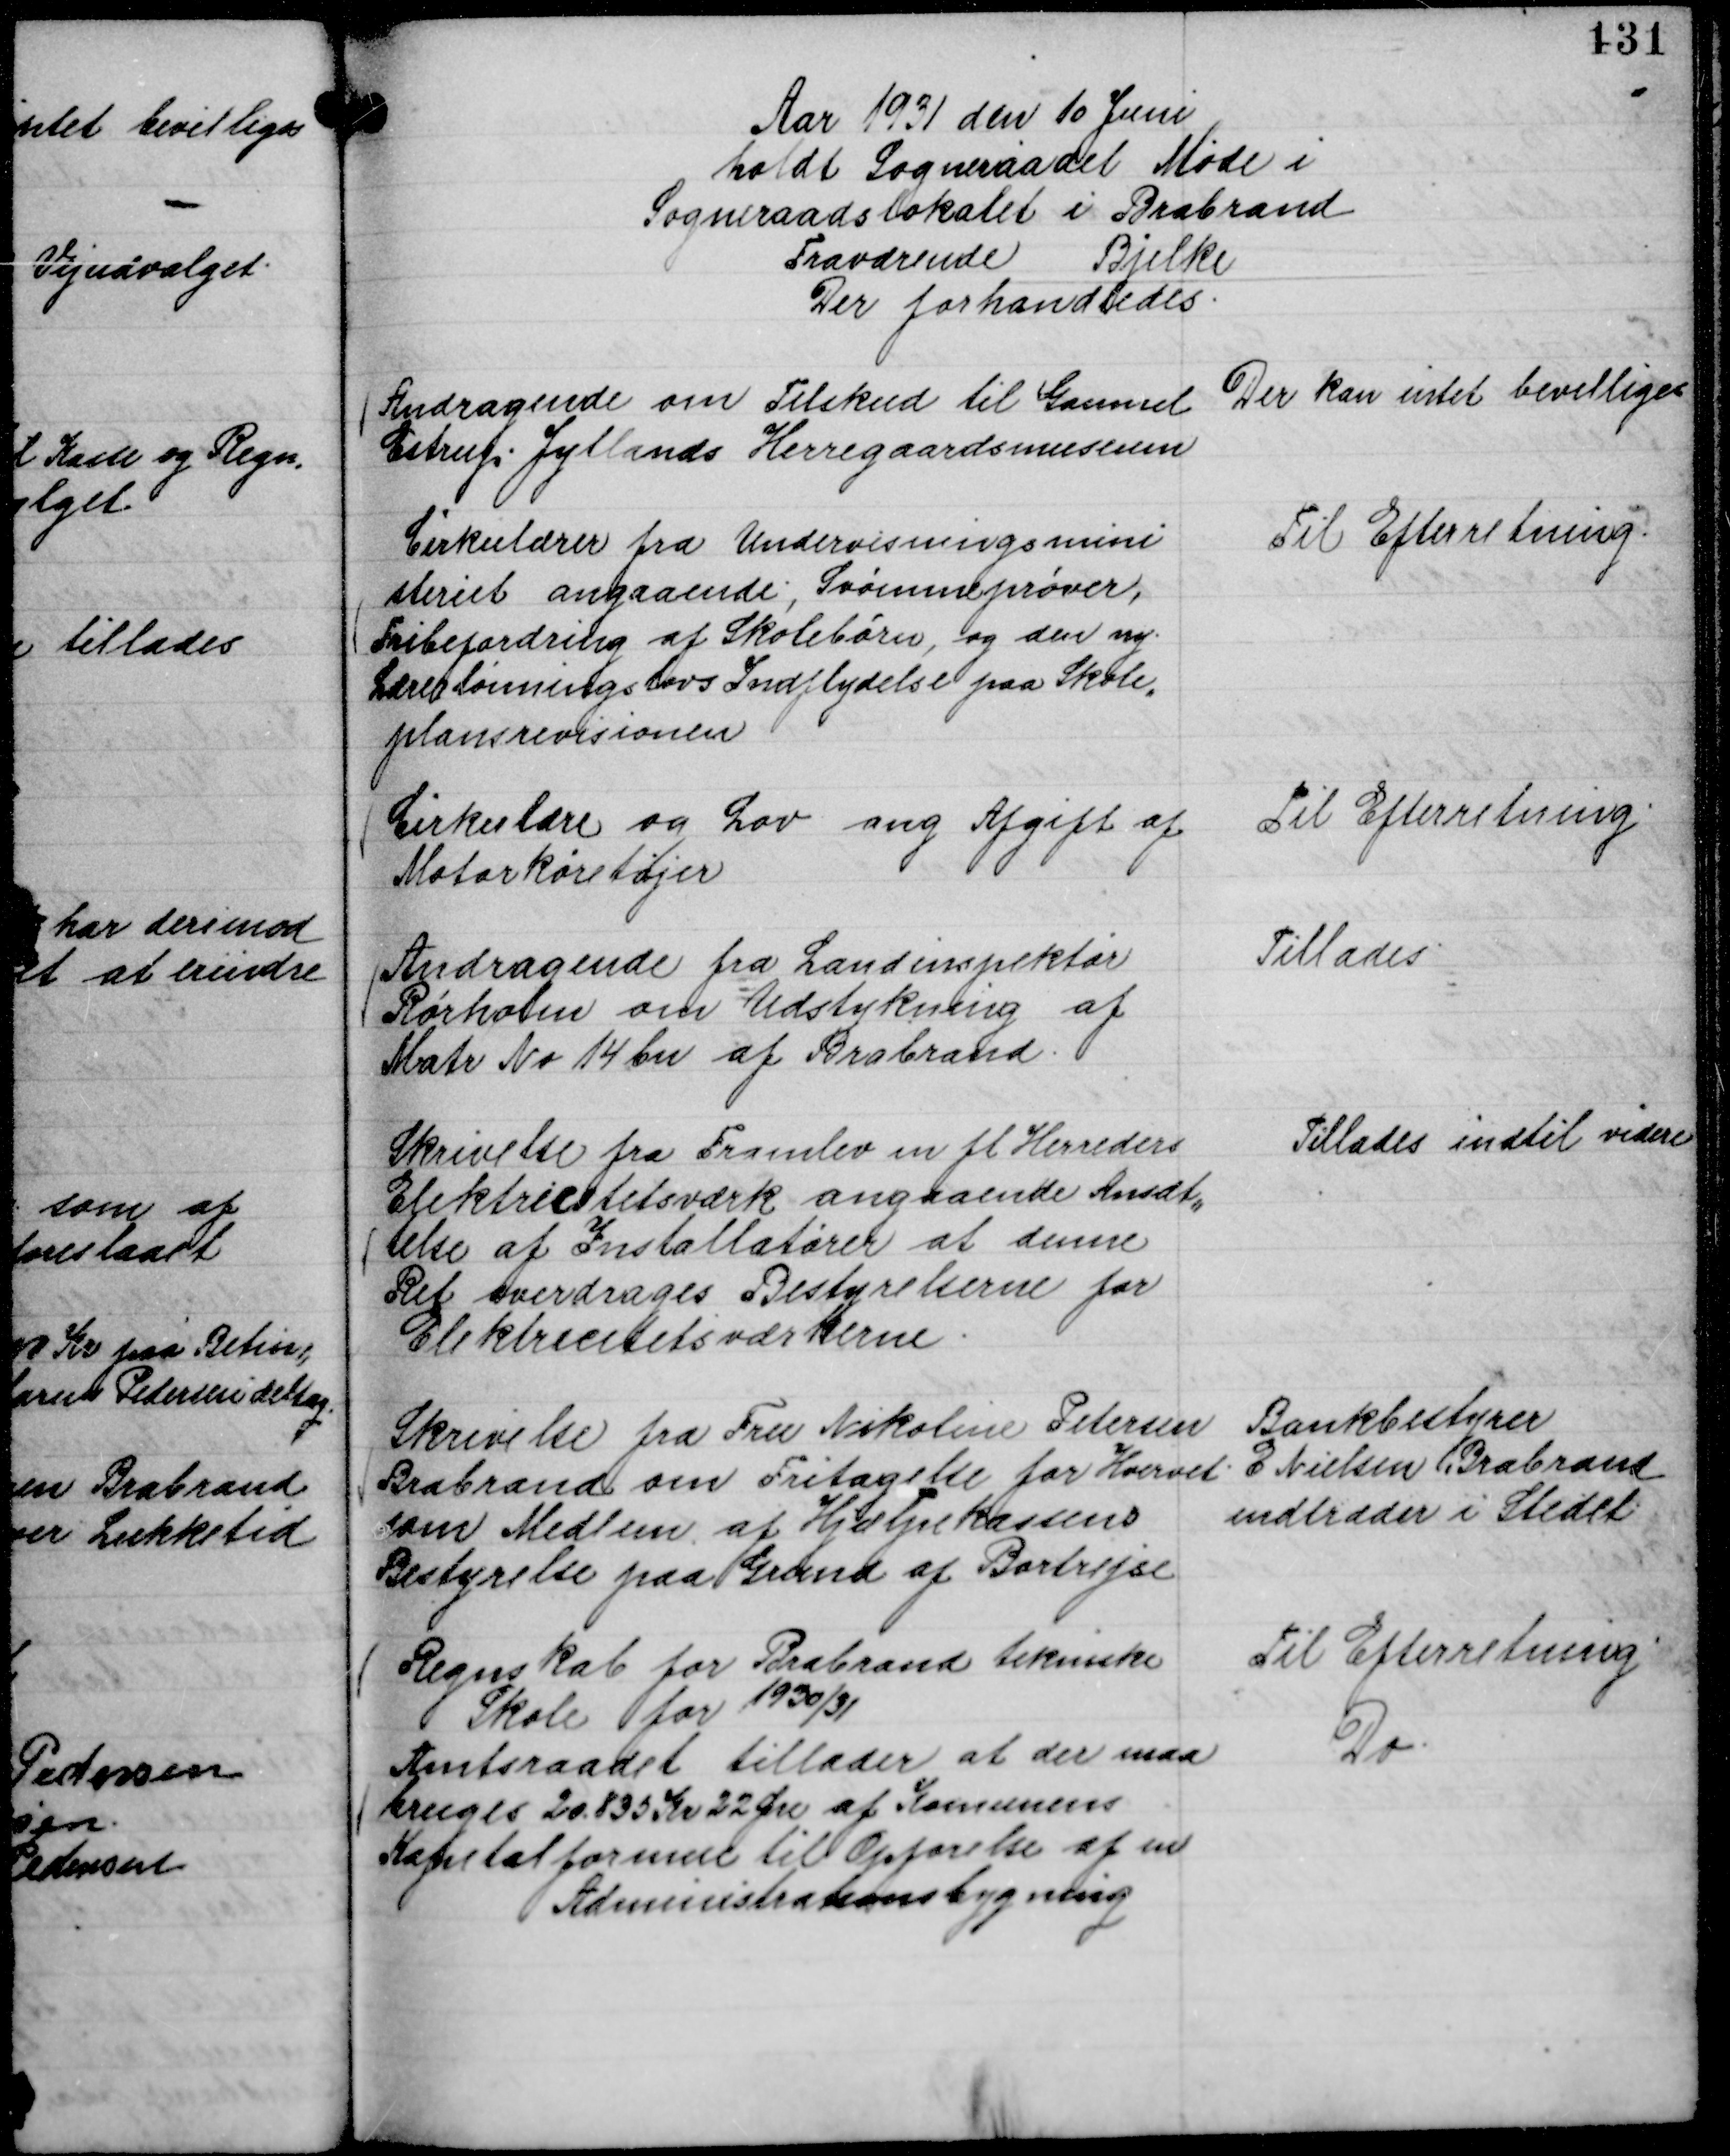
Transskription:
Aar 1931 den 10 Juni
holdt Sogneraadet Møde i
Sogneraadslokalet i Brabrand
Fraværende Bjelke
Der forhandledes.

Andragende om Tilskud til Gammel
Estrup Jyllands Herregaardsmuseum

Der kan intet bevilliges

Cirkulærer fra Undervisningsmini
steriet angaaende ; Svømmeprøver,
Fribefordring af Skolebørn, og den ny
Lærerlønningslovs Indflydelse paa Skole,,
plansrevisionen

Til Efterretning.

Cirkulære og Lov ang Afgift af
Motorkøretøjer

Til Efterretning.

Andragende fra Landinspektør
Rørholm om Udstykning af
Matr No 14 bn af Brabrand.

Tillades.

Skrivelse fra Framlev m fl Herreders
Elektricitetsværk angaaende Ansæt,,
telse af Installatører at denne
Ret overdrages Bestyrelserne for
Elektricitetsværkerne.

Tillades indtil videre

Skrivelse fra Fru Nikoline Petersen
Brabrand om Fritagelse for Hvervet
som Medlem af Hjælpekassens
Bestyrelse paa Grund af Bortrejse

Bankbestyrer
E Nielsen Brabrand
indtræder i Stedet

Regnskab for Brabrand tekniske
Skole for 1930/31

Til Efterretning

Amtsraadet tillader at der maa
bruges 20.835 Kr 22 Øre af Komunens
Kapitalformue til Opførelse af en
Administrationsbygning

Do.